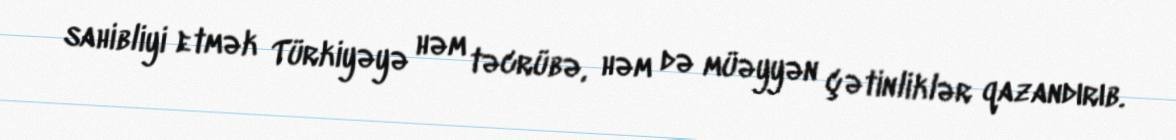
sahibliyi etmək Türkiyəyə həm təcrübə, həm də müəyyən çətinliklər qazandırıb.